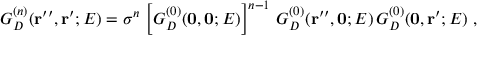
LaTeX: G _ { D } ^ { ( n ) } ( { \bf r ^ { \prime \prime } } , { \bf r ^ { \prime } } ; E ) = \sigma ^ { n } \, \left[ G _ { D } ^ { ( 0 ) } ( { \bf 0 } , { \bf 0 } ; E ) \right] ^ { n - 1 } \, G _ { D } ^ { ( 0 ) } ( { \bf r } ^ { \prime \prime } , { \bf 0 } ; E ) \, G _ { D } ^ { ( 0 ) } ( { \bf 0 } , { \bf r } ^ { \prime } ; E ) \; ,